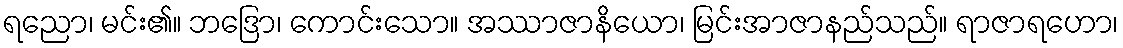
ရညော၊ မင်း၏။ ဘဒြော၊ ကောင်းသော။ အဿာဇာနိယော၊ မြင်းအာဇာနည်သည်။ ရာဇာရဟော၊